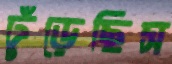
ঢুঁড়েছিস